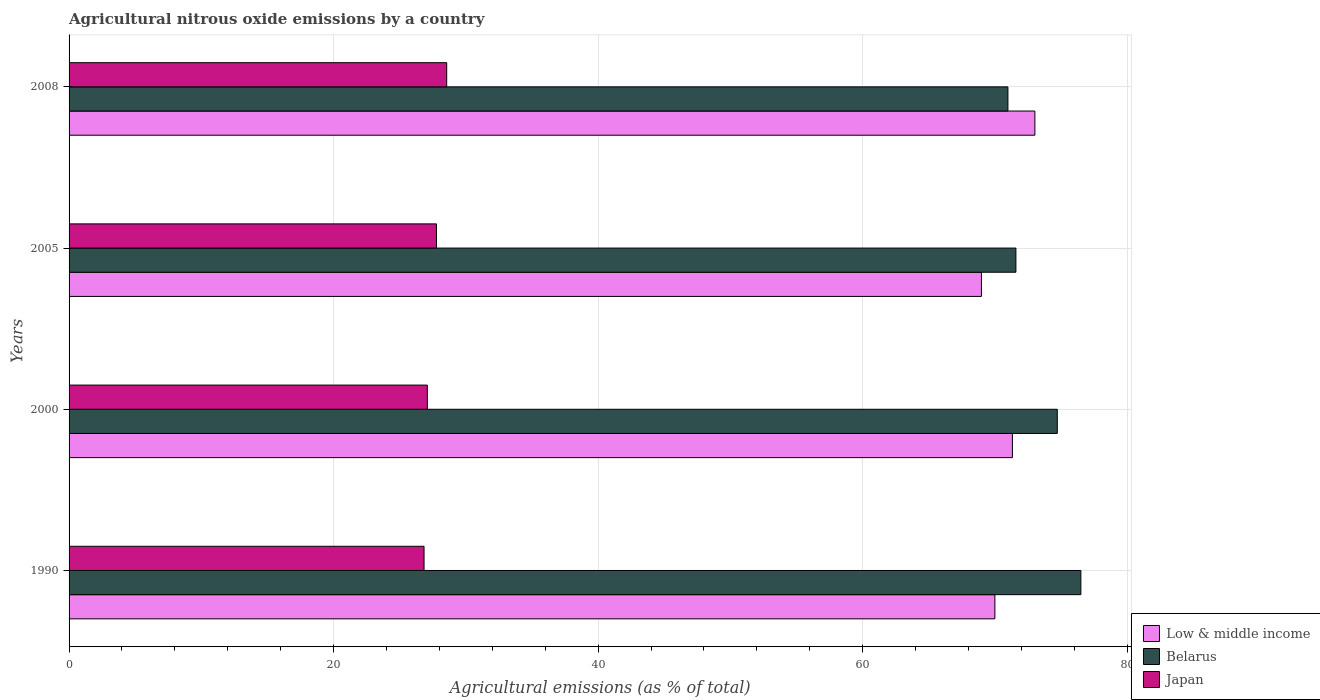
| Years | Low & middle income | Belarus | Japan |
 | --- | --- | --- | --- |
 | 1990 | 70 | 76.5 | 26.8 |
 | 2000 | 71.3 | 74.7 | 27.1 |
 | 2005 | 69 | 71.6 | 27.8 |
 | 2008 | 73 | 71 | 28.6 |